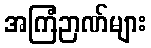
အကြံဉာဏ်များ